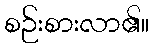
စဉ်းစားလာ၏။